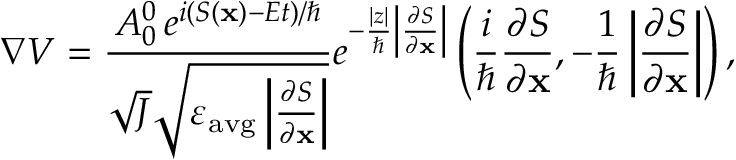
\nabla V = \frac { A _ { 0 } ^ { 0 } \, e ^ { i ( S ( \mathbf { x } ) - E t ) / \hbar } } { \sqrt { J } \sqrt { \varepsilon _ { \mathrm { a v g } } \left| \frac { \partial S } { \partial \mathbf { x } } \right| } } e ^ { - \frac { | z | } { \hbar } \left| \frac { \partial S } { \partial \mathbf { x } } \right| } \left( \frac { i } { \hbar } \frac { \partial S } { \partial \mathbf { x } } , - \frac { 1 } { \hbar } \left| \frac { \partial S } { \partial \mathbf { x } } \right| \right) ,